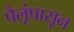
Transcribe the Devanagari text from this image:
पैलूंपासून